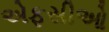
એફસીઓ